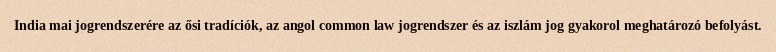
India mai jogrendszerére az ősi tradíciók, az angol common law jogrendszer és az iszlám jog gyakorol meghatározó befolyást.